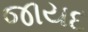
જાયદ